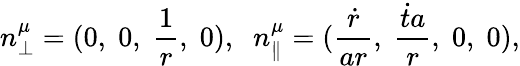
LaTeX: n_{\perp}^{\mu}=(0,\; 0,\; \frac{1}{r},\; 0),\; \; n_{\parallel}^{\mu}=(\frac{\dot{r}}{ar},\; \frac{\dot{t}a}{r},\; 0,\; 0),